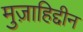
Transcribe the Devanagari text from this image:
मुज़ाहिद्दीन